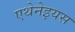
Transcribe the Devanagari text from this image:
एथेनेइयस